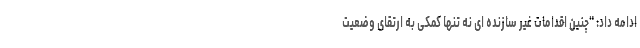
ادامه داد: "چنین اقدامات غیر سازنده ای نه تنها کمکی به ارتقای وضعیت